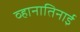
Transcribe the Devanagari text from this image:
व्हानातिनाई